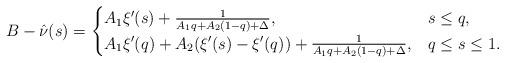
LaTeX: \begin{align*}B-\hat\nu(s) = \begin{cases}A_1 \xi'(s) +\frac1{A_1q +A_2(1-q)+\Delta}, & s\le q,\\A_1 \xi'(q)+ A_2 (\xi'(s)-\xi'(q)) + \frac1{A_1q +A_2(1-q)+\Delta}, & q\le s \le 1.\end{cases}\end{align*}